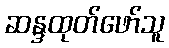
ဆန္ဒထုတ်ဖော်သူ